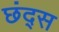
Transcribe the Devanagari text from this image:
छंद्स